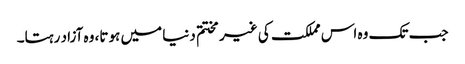
جب تک وہ اس مملکت کی غیر مختتم دنیا میں ہوتا، وہ آزاد رہتا۔